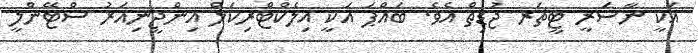
އަކީ ނާސަރީ ޓީޗަރ ޖުޑިތް އެވެ. ބައްޕަ އަކީ އިލެކްޓްރިކަލް އިންޖީނިއަރު ސްޓޭންލީ